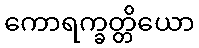
ကောရက္ခတ္တိယော